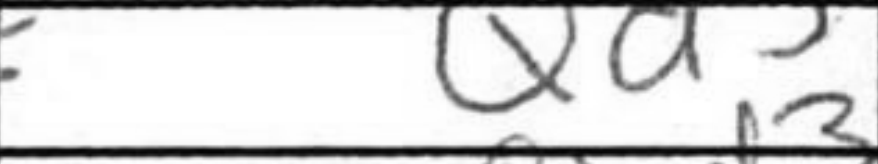
Transcription: Qd3